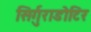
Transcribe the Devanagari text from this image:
सिर्गुराडोटिर